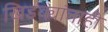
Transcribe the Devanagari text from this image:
खिडक्यांनाही